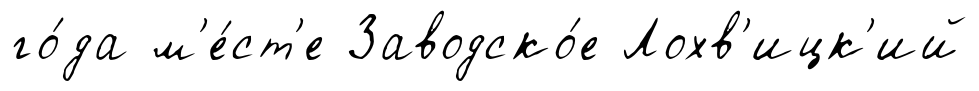
го́да м'е́ст'е Заводско́е Лохв'ицк'ий